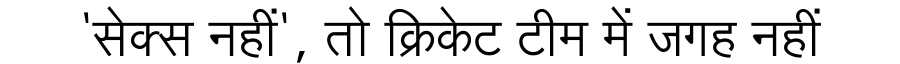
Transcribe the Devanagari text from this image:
'सेक्स नहीं', तो क्रिकेट टीम में जगह नहीं